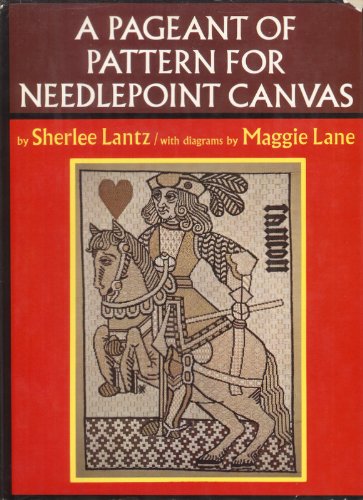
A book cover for A Pageant of Pattern for Needlepoint Canvas; Sherlee Lantz; Crafts, Hobbies & Home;